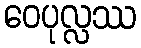
ဝေပုလ္လဿ